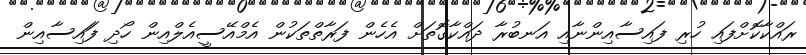
ރައްކާކޮށްފައި ހުރި ފައިސާއިންނާއި އަނބުރާ ދައްކާގޮތަށް އެހެން ފަރާތްތަކުން އެމްއޭސީއެލްއިން ހޯދި ފަައިސާއިން